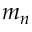
m _ { n }